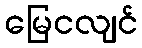
မြေငလျင်